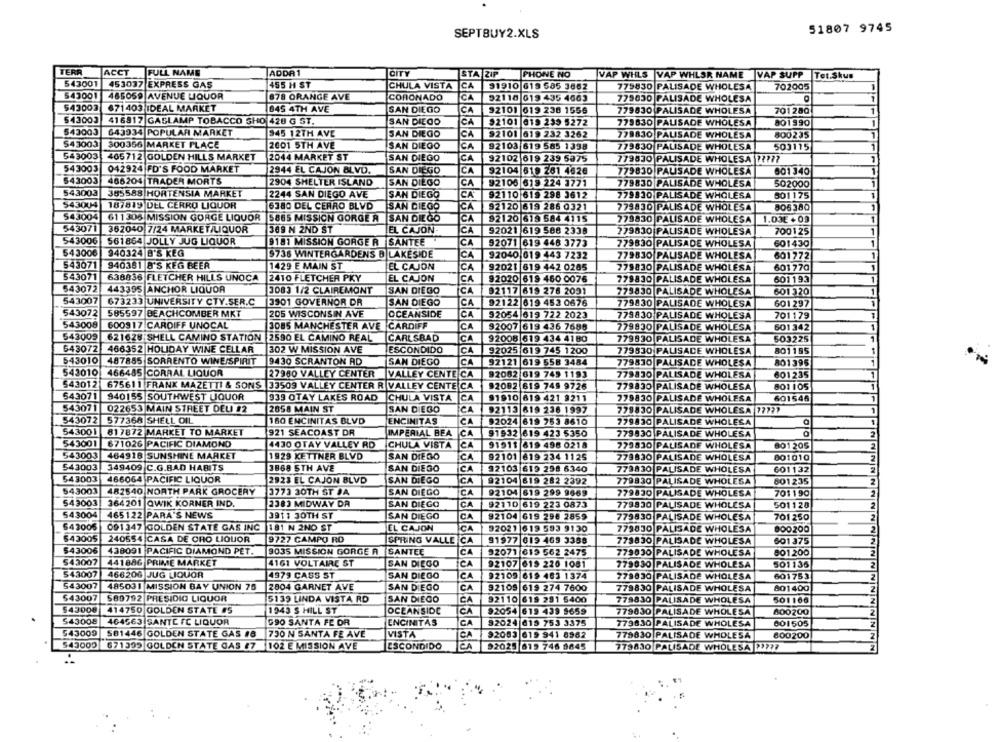
51807 9745
SEPTBUY2.XLS
TERR
TACCT
FULL NAME
ADDR1
CITY
STA ZIP
PHONE NO
VAP WHLS |VAP WHLSR NAME VAP SUPP Tet.Skus
543001
453037 EXPRESS GAS
455 H ST
CHULA VISTA
CA
91910 619 585 3662
779830 PALISADE WHOLESA
702005
543001
485059 AVENUE LIQUOR
878 ORANGE AVE
CORONADO
CA
92110 019 435 4663
779830 PALISADE WHOLESA
543003
671403 IDEAL MARKET
845 4TH AVE
SAN DIEGO
CA
92101 619 238 1556
779830 PALISADE WHOLESA
701280
543003
416817 GASLAMP TOBACCO SHO 428 G ST.
SAN DIEGO
CA
$2101 019 233 5272
773830 PALISADE WHOLESA
801990
543003
643934 POPULAR MARKET
345 12TH AVE
SAN DIEGO
CA
92101 619 232 3262
779830 PALISADE WHOLESA
800235
$43003
300356 MARKET PLACE
2001 5TH AVE
SAN DIEGO
CA
92103 619 585 1398
779830 PALISADE WHOLESA
503115
543003
405712 GOLDEN HILLS MARKET
2044 MARKET ST
SAN DIEGO
CA
92102 619 239 5375
779830 PALISADE WHOLESA 7777?
543003
042924 FD'S FOOD MARKET
2944 EL CAJON BLVD.
SAN DIEGO
CA
92104 619 281 4626
001340
779830 PALISADE WHOLESA
543003
466204 TRADER MORTS
2904 SHELTER ISLAND
SAN DIEGO
CA
92106 619 224 1771
779830 PALISADE WHOLESA
502000
543003
385588 HORTENSIA MARKET
2244 SAN DIEGO AVE
SAN DIEGO
92110 619 298 3612
CA
779830 PALISADE WHOLESA
501175
543004 187819 DEL CERRO LIQUOR
6380 DEL CERRO BLVD
SAN DIEGO
CA
92120 619 286 0321
779830 PALISADE WHOLESA
006380
543004
611306 MISSION GORGE LIQUOR
5885 MISSION GORGE A
SAN DIEGO
CA
92120 619 584 4115
779830 PALISADE WHOLESA
1.03E + 09
543071
362040 7/24 MARKET/LIQUOR
369 N 2ND ST
EL CAJON
CA
92021 619 588 2338
779830 PALISADE WHOLESA
700125
543006
561864 JOLLY JUG LIQUOR
9181 MISSION GORGE R SANTEE
CA
92071 619 448 3773
779830 PALISADE WHOLESA
601430
543006
940324 8'S KEG
$736 WINTERGARDENS B LAKESIDE
CA
92040 619 443 7232
779830 PALISADE WHOLESA
601772
543071
940381 8'S KEG BEER
1429 E MAIN ST
EL CAJON
CA
92021 619 442 0265
779830 PALISADE WHOLESA
601770
543071
638836 FLETCHER HILLS UNOCA
2410 FLETCHER PKY
EL CAJON
CA
92020 619 460 0076
778830 PALISADE WHOLESA
601193
543072
443395 ANCHOR LIQUOR
3083 1/2 CLAIREMONT
SAN DIEGO
ICA
92117 619 276 2091
775830 PALISADE WHOLESA
601 320
543007
673233 UNIVERSITY CTY.SER.C
3901 GOVERNOR DR
SAN DIEGO
CA
92122 619 453 0676
779830 PALISADE WHOLESA
601297
543072
585597 BEACHCOMBER MKT
205 WISCONSIN AVE
OCEANSIDE
CA
92054 619 722 2023
779830 PALISADE WHOLESA
701179
543008
600917 CARDIFF UNOCAL
3085 MANCHESTER AVE
CARDIFF
CA
92007 619 436 7686
779830 PALISADE WHOLESA
601342
543009
621628 SHELL CAMINO STATION 2590 EL CAMINO REAL
CARLSBAD
CA
92008 619 434 4180
779830 PALISADE WHOLESA
503225
643072
466352 HOLIDAY WINE CELLAR
302 W MISSION AVE
ESCONDIDO
CA
92025 619 745 1200
779830 PALISADE WHOLESA
801165
543010
487885 SORRENTO WINE/SPIRIT
9430 SCRANTON AD
SAN DIEGO
CA
92121 619 558 3484
779830 PALISADE WHOLESA
801395
543010
466485 CORRAL LIQUOR
27980 VALLEY CENTER
VALLEY CENTE CA
92082 619 749 1193
779830 PALISADE WHOLESA
801235
543012
675611 FRANK MAZETTI & SONS |33509 VALLEY CENTER R VALLEY CENTE CA
92082 619 749 9726
779830 PALISADE WHOLESA
801105
543071
940155 SOUTHWEST LIQUOR
939 OTAY LAKES ROAD CHULA VISTA
CA
91910 819 421 8211
779830 PALISADE WHOLESA
601546
543071
022653 MAIN STREET DELI #2
2858 MAIN ST
SAN DIEGO
CA
92113 619 236 1997
779830 PALISADE WHOLESA 777 ??
543072
577368 SHELL OIL
160 ENCINITAS BLVD
ENCINITAS
CA
92024 619 753 8610
779830 PALISADE WHOLESA
543001
817872 MARKET TO MARKET
921 SEACOAST DR
IMPERIAL BEA
CA
91932 619 423 5350
779830 PALISADE WHOLESA
543001
671026 PACIFIC DIAMOND
4430 OTAY VALLEY RD
CHULA VISTA
CA
91511 619 498 0218
779830 PALISADE WHOLESA
801205
543003
464918 SUNSHINE MARKET
1929 KETTNER BLVD
SAN DIEGO
ICA
92101 819 234 1125
779830 PALISADE WHOLESA
001010
543003
349409 C.G.BAD HABITS
3868 5TH AVE
SAN DIEGO
CA
92103 619 238 6340
779830 PALISADE WHOLESA
601132
543003
466064 PACIFIC LIQUOR
2923 EL CAJON BLVD
SAN DIEGO
CA
92104 819 282 2392
779830 PALISADE WHOLESA
801235
543003
482540 NORTH PARK GROCERY
3773 30TH ST JA
SAN DIEGO
CA
92104 619 299 9669
779830 PALISADE WHOLESA
701190
543003
364201 QWIK KORNER IND.
2383 MIDWAY DA
SAN DIEGO
CA
92110 619 223 0873
779830 PALISADE WHOLESA
501128
543004
465122 PARA'S NEWS
3911 30TH ST
SAN DIEGO
CA
92104 619 298 2859
779830 PALISADE WHOLESA
701 250
$43005
32021 619 593 9130
091347 GOLDEN STATE GAS INC 181 N 2NO ST
EL CAJON
CA
779830 PALISADE WHOLESA
000200
$43005
240554 CASA DE CHO LIQUOR
9727 CAMPO RO
SPRING VALLE CA
91977 019 469 3358
773830 PALISADE WHOLESA
601 375
543006
9035 MISSION GORGE A
438091 PACIFIC DIAMOND PET.
SANTEE
CA
92071 619 562 2475
779030 PALISADE WHOLESA
901200
543007
441886 PRIME MARKET
4161 VOLTAIRE ST
SAN DIEGO
92107 619 226 1081
779630 PALISADE WHOLESA
501136
NNNNNN
543007
466206 JUG LIQUOR
4979 CASS ST
SAN DIEGO
CA
92109 619 463 1374
779830 PALISADE WHOLESA
601753
543007 485031 MISSION BAY UNION 75
2804 GARNET AVE
SAN DIEGO
CA
92109 619 274 7600
778830 PALISADE WHOLESA
801400
NINI
$43007 589792 PRESIDIO LIQUOR
5139 LINDA VISTA RD
SAN DIEGO
CA
92110 619 291 5400
778830 PALISADE WHOLESA
501166
543008
414750 GOLDEN STATE #5
1943 S HILL ST
OCEANSIDE
92054
G19 439 9659
779830 PALISADE WHOLESA
800200
543008
464563 SANTE FC LIQUOR
G90 SANTA FE DR
ENCINITAS
CA
92024 619 753 3375
779830 PALISADE WHOLESA
001505
543009 581446 GOLDEN STATE GAS 18
730 N SANTA FE AVE
VISTA
CA
92083 619 941 8962
779830 PALISADE WHOLESA
800200
543000
671399 GOLDEN STATE CAS 27
102 E MISSION AVE
ESCONDIDO
CA
NNNN
92025 619 746 9645
779830 PALISADE WHOLESA 22777